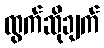
ထွက်ဆိုချက်